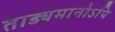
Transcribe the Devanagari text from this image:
ताड्यमानोऽपि